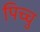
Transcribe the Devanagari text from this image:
पिच्चु